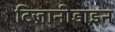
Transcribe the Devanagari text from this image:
टिज़ानीडाइन